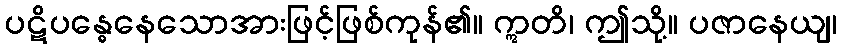
ပဋိပန္ဓေနေသောအားဖြင့်ဖြစ်ကုန်၏။ ဣတိ၊ ဤသို့။ ပဇာနေယျ၊